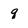
Character: q